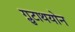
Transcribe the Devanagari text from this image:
ग्लुटाथयोन